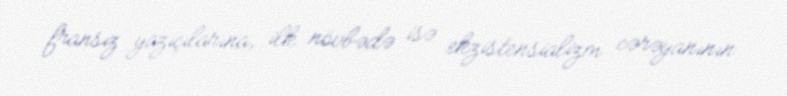
fransız yazıçılarına, ilk növbədə isə ekzistensializm cərəyanının